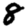
Digit: 8